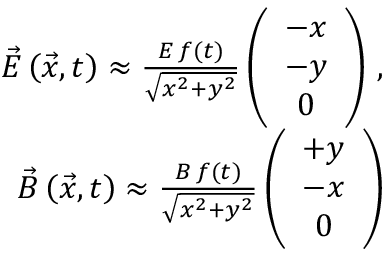
\begin{array} { r l r } & { } & { \vec { E } \left( \vec { x } , t \right) \approx \frac { E \, f ( t ) } { \sqrt { x ^ { 2 } + y ^ { 2 } } } \left( \begin{array} { c } { - x } \\ { - y } \\ { 0 } \end{array} \right) \, , } \\ & { } & { \vec { B } \left( \vec { x } , t \right) \approx \frac { B \, f ( t ) } { \sqrt { x ^ { 2 } + y ^ { 2 } } } \left( \begin{array} { c } { + y } \\ { - x } \\ { 0 } \end{array} \right) } \end{array}